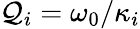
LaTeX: \mathcal{Q}_{i}=\omega_{0}/\kappa_{i}